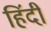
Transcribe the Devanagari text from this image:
हिंंदी